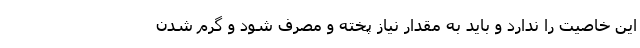
این خاصیت را ندارد و باید به مقدار نیاز پخته و مصرف شود و گرم شدن